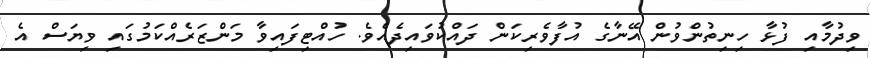
ވިދުމާއި ފުޅާ ހިނިތުންވުން އޭނާގެ އުފާވެރިކަން ދައްކުވައިދެއެވެ. ހުއްޓިފައިވާ މަންޒަރެއްކަމުގައި ވިޔަސް އެ